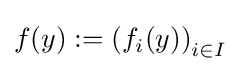
f(y):=\left(f_{i}(y)\right)_{i\in I}